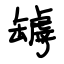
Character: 罅